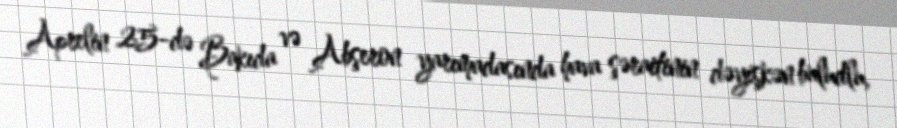
Aprelin 25-də Bakıda və Abşeron yarımadasında hava şəraitinin dəyişkən buludlu,